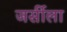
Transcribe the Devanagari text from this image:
जर्सीला